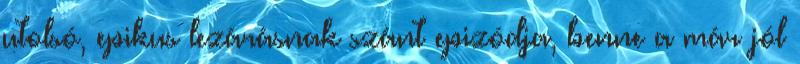
utolsó, epikus lezárásnak szánt epizódja, benne a már jól